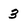
Character: 3